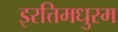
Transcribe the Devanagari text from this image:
इरत्तिमधुरम